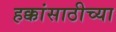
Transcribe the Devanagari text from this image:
हक्कांसाठीच्या